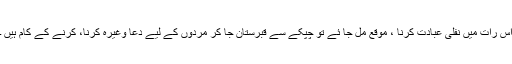
اس رات میں نفلی عبادت کرنا ، موقع مل جا ئے تو چپکے سے قبرستان جا کر مردوں کے لیے دعا وغیرہ کرنا، کرنے کے کام ہیں ۔